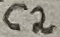
Text: C2